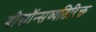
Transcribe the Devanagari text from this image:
बोसॉन्सव्यतिरिक्त